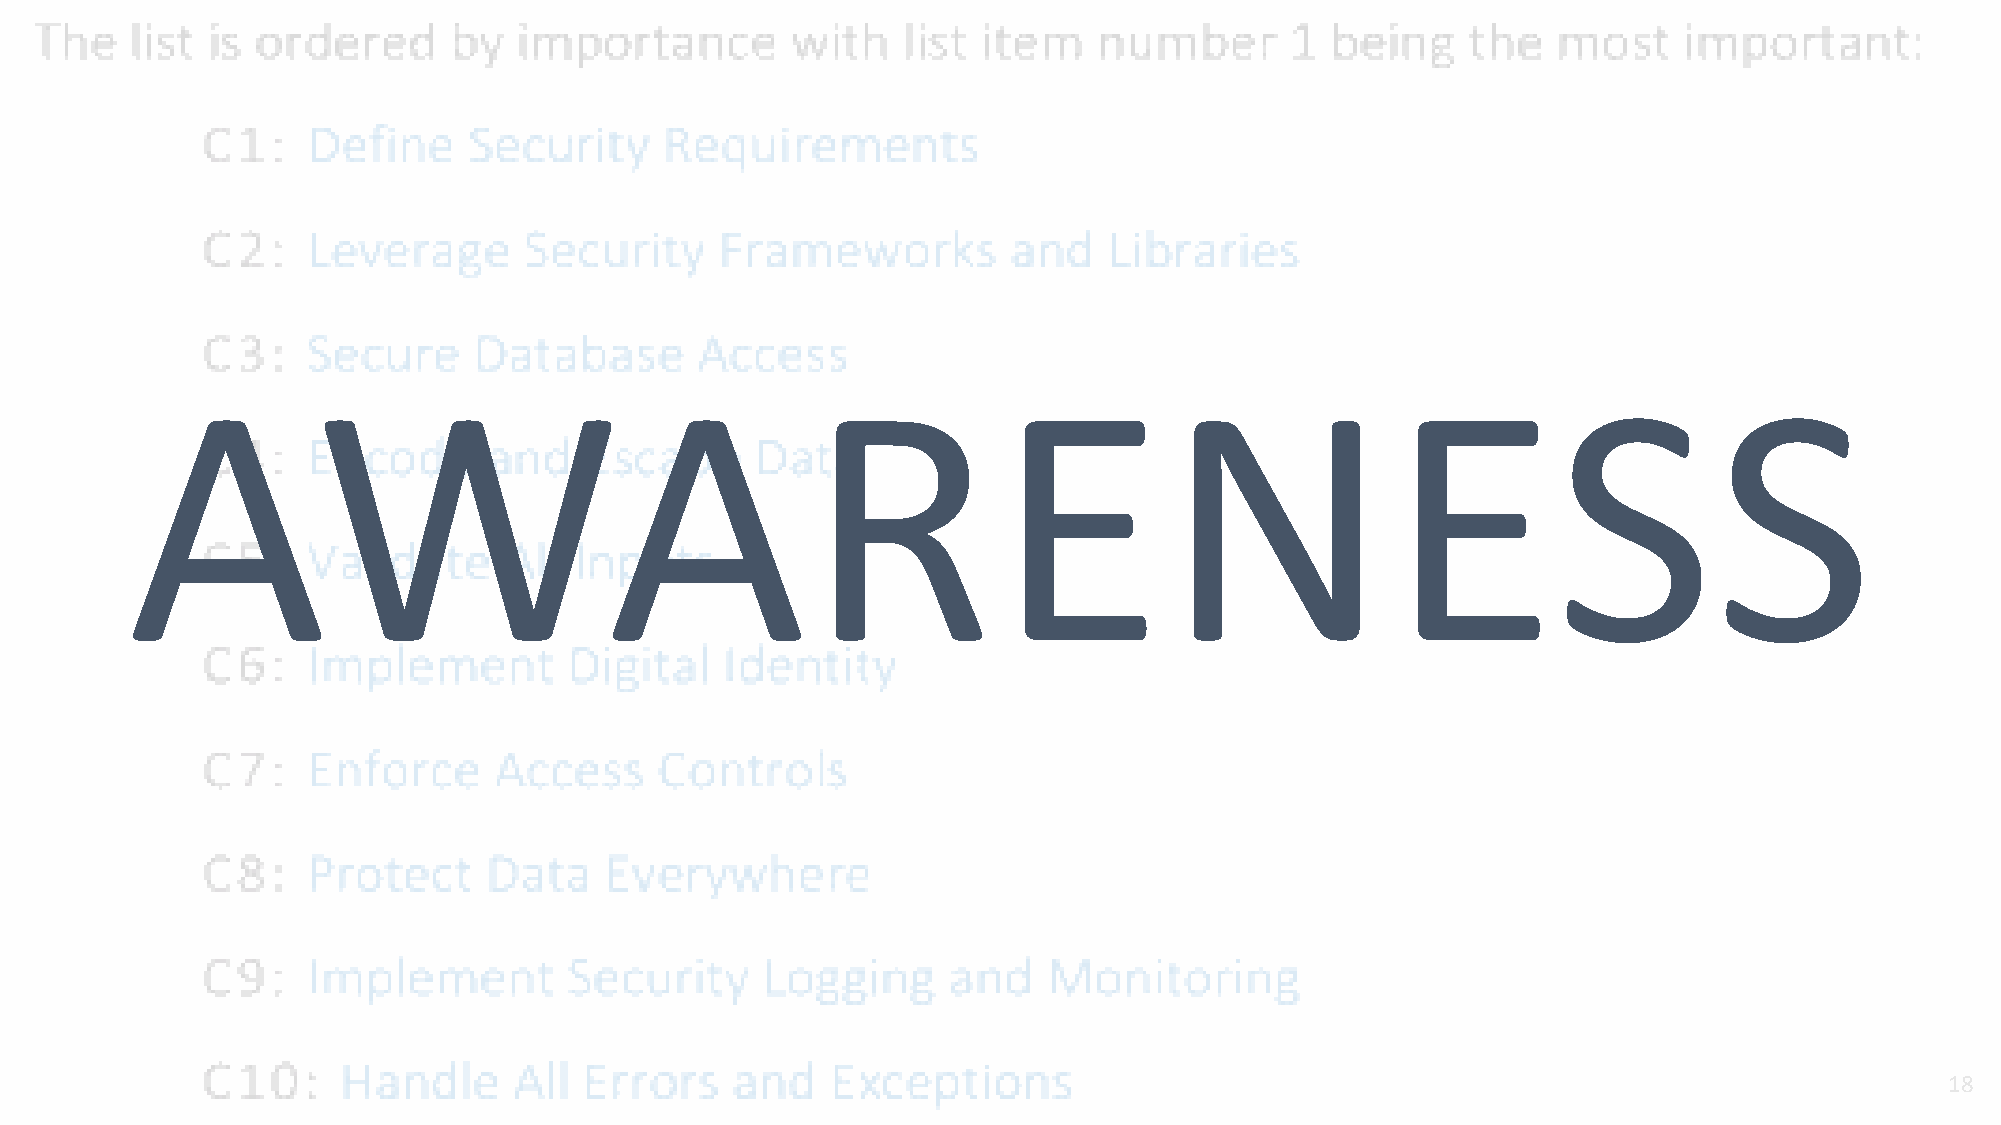
AWARENESS
 @PhilippeDeRyck                                                                                                           18